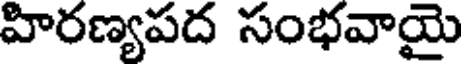
హిరణ్యపద సంభవాయై